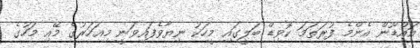
އައްޑޫން އެންމެ ފުރަތަމަ ކޮވިޑް ބަލީގައި މީހަކު ނިޔާވެފައިވަނީ މިއަހަރުގެ މޭއި މަހުގެ